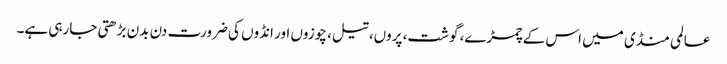
عالمی منڈی میں اس کے چمڑے، گوشت، پروں، تیل، چوزوں اور انڈوں کی ضرورت دن بدن بڑھتی جارہی ہے۔